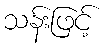
သန်းဖြင့်